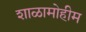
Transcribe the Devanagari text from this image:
शाळामोहीम